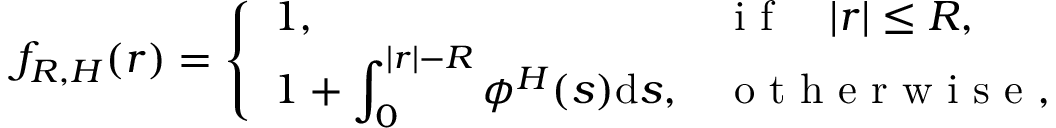
\begin{array} { r } { f _ { R , H } ( r ) = \left\{ \begin{array} { l l } { 1 , } & { \mathrm { ~ i ~ f ~ } \quad | r | \leq R , } \\ { \displaystyle { 1 + \int _ { 0 } ^ { | r | - R } \phi ^ { H } ( s ) \mathrm { d } s } , } & { \mathrm { ~ o ~ t ~ h ~ e ~ r ~ w ~ i ~ s ~ e ~ , ~ } } \end{array} \right. } \end{array}